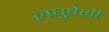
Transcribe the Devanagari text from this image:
लघुपेशी